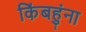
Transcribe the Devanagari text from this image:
किंबहुंना